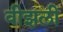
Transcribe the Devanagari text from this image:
वीझली